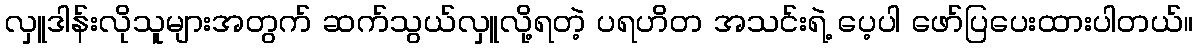
လှူဒါန်းလိုသူများအတွက် ဆက်သွယ်လှူလို့ရတဲ့ ပရဟိတ အသင်းရဲ့ ပေ့ပါ ဖော်ပြပေးထားပါတယ်။